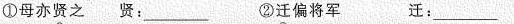
①母亦贤之 贤：___ ②迁偏将军 迁：___